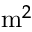
\mathrm { m } ^ { 2 }